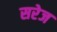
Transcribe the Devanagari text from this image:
सरेज